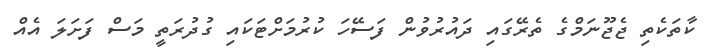
ކާތަކެތި ޖެޖޫނަމްގެ ތެރޭގައި ދައުރުވުން ފަސޭހަ ކުރުމަށްޓަކައި ގުދުރަތީ މަސް ފަށަލަ އެއް